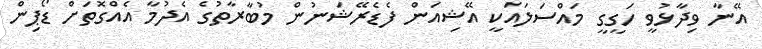
އޭނާ ވިދާޅުވީ ހަގީގީ މައްސަލައަކީ އޭޝިއަން ފެޑެރޭޝަނުން މުބާރާތުގެ އެދުމާ އެއްގޮތަށް ޑޯޕިން